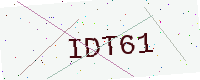
Text: IDT61